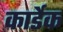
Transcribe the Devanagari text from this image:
कार्डेक